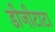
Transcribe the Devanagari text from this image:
डीजीटाटा